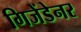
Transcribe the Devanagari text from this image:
गिजेंडेनर